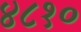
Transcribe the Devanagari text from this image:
४८१०